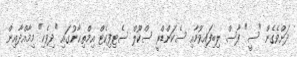
ދަށްވެގެން "ސީ" ފާސް ލިބިފައިވުމާއި ސެކަންޑްރީ ސްކޫލް ސެޓިފިކެޓް އިމްތިޙާނުގައި "ދިވެހި" މިމާއްދާއިން